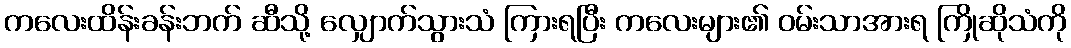
ကလေးထိန်းခန်းဘက် ဆီသို့ လျှောက်သွားသံ ကြားရပြီး ကလေးများ၏ ဝမ်းသာအားရ ကြိုဆိုသံကို